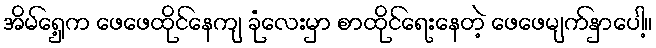
အိမ်ရှေ့က ဖေဖေထိုင်နေကျ ခုံလေးမှာ စာထိုင်ရေးနေတဲ့ ဖေဖေမျက်နှာပေါ့။